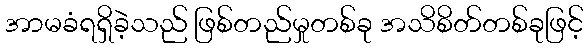
အာမခံရရှိခဲ့သည် ဖြစ်တည်မှုတစ်ခု အသိစိတ်တစ်ခုဖြင့်